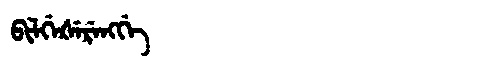
Manchu: ᠪᡳᠯᡤᡝᡧᡝᡵᡝᠩᡤᡝ
Romanization: BILGEŠERENGGE